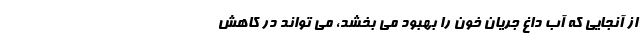
از آنجایی که آب داغ جریان خون را بهبود می بخشد، می تواند در کاهش